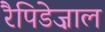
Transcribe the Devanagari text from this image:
रैपिडेज़ाल